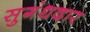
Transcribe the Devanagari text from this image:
सुगंधदार